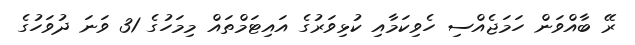
ރޭ ބާއްވަން ހަމަޖެއްސި ހެވިކަމާއި ކުޅިވަރުގެ އައިޓަމްތައް މިމަހުގެ 31 ވަނަ ދުވަހުގެ